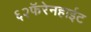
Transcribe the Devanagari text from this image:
६२फॅरेनहाईट